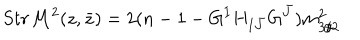
S t r { \cal M } ^ { 2 } ( z , \bar { z } ) = 2 ( n - 1 - G ^ { I } H _ { I { \bar { J } } } G ^ { \bar { J } } ) m _ { 3 / 2 } ^ { 2 }